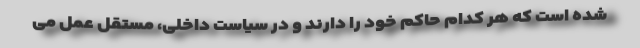
شده است که هر کدام حاکم خود را دارند و در سیاست داخلی، مستقل عمل می